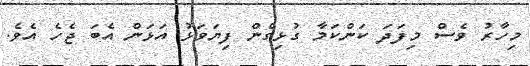
މިހާރު ވެސް މިފަދަ ކަންކަމާ ގުޅިގެން ފިޔަވަޅު އަޅަން އެބަ ޖެހެ އެވެ.